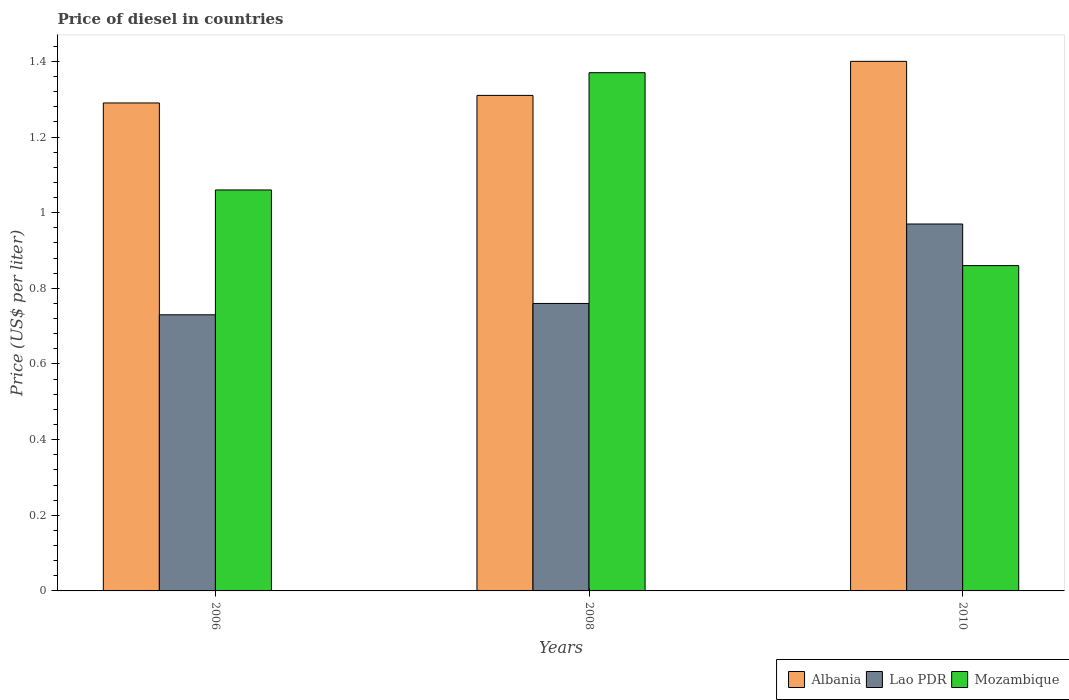
| Years | Albania | Lao PDR | Mozambique |
 | --- | --- | --- | --- |
 | 2006 | 1.29 | 0.73 | 1.06 |
 | 2008 | 1.31 | 0.76 | 1.37 |
 | 2010 | 1.4 | 0.97 | 0.86 |